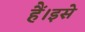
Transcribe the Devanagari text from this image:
हैं।इसे